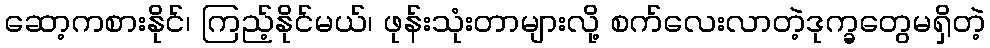
ဆော့ကစားနိုင်၊ ကြည့်နိုင်မယ်၊ ဖုန်းသုံးတာများလို့ စက်လေးလာတဲ့ဒုက္ခတွေမရှိတဲ့